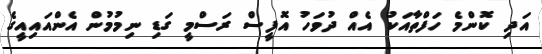
އަދި ކޮންމެ ހަފްތާއަކު އެއް ދުވަހު އޮފީސް ރަސްމީ ގަޑި ނިމުމުން އެންއައިއީގެ